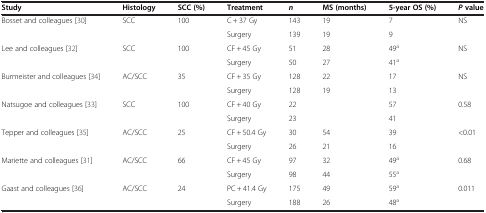
<table><thead><tr><td><b>Study</b></td><td><b>Histology</b></td><td><b>SCC (%)</b></td><td><b>Treatment</b></td><td><b><i>n</i></b></td><td><b>MS (months)</b></td><td><b>5-year OS (%)</b></td><td><b><i>P </i>value</b></td></tr></thead><tbody><tr><td>Bosset and colleagues [30]</td><td>SCC</td><td>100</td><td>C + 37 Gy</td><td>143</td><td>19</td><td>7</td><td>NS</td></tr><tr><td> </td><td> </td><td> </td><td>Surgery</td><td>139</td><td>19</td><td>9</td><td> </td></tr><tr><td>Lee and colleagues [32]</td><td>SCC</td><td>100</td><td>CF + 45 Gy</td><td>51</td><td>28</td><td>49<sup>a</sup></td><td>NS</td></tr><tr><td> </td><td> </td><td> </td><td>Surgery</td><td>50</td><td>27</td><td>41<sup>a</sup></td><td> </td></tr><tr><td>Burmeister and colleagues [34]</td><td>AC/SCC</td><td>35</td><td>CF + 35 Gy</td><td>128</td><td>22</td><td>17</td><td>NS</td></tr><tr><td> </td><td> </td><td> </td><td>Surgery</td><td>128</td><td>19</td><td>13</td><td> </td></tr><tr><td>Natsugoe and colleagues [33]</td><td>SCC</td><td>100</td><td>CF + 40 Gy</td><td>22</td><td> </td><td>57</td><td>0.58</td></tr><tr><td> </td><td> </td><td> </td><td>Surgery</td><td>23</td><td> </td><td>41</td><td> </td></tr><tr><td>Tepper and colleagues [35]</td><td>AC/SCC</td><td>25</td><td>CF + 50.4 Gy</td><td>30</td><td>54</td><td>39</td><td>&lt;0.01</td></tr><tr><td> </td><td> </td><td> </td><td>Surgery</td><td>26</td><td>21</td><td>16</td><td> </td></tr><tr><td>Mariette and colleagues [31]</td><td>AC/SCC</td><td>66</td><td>CF + 45 Gy</td><td>97</td><td>32</td><td>49<sup>a</sup></td><td>0.68</td></tr><tr><td> </td><td> </td><td> </td><td>Surgery</td><td>98</td><td>44</td><td>55<sup>a</sup></td><td> </td></tr><tr><td>Gaast and colleagues [36]</td><td>AC/SCC</td><td>24</td><td>PC + 41.4 Gy</td><td>175</td><td>49</td><td>59<sup>a</sup></td><td>0.011</td></tr><tr><td> </td><td> </td><td> </td><td>Surgery</td><td>188</td><td>26</td><td>48<sup>a</sup></td><td> </td></tr></tbody></table>